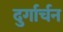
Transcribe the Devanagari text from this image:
दुर्गार्चन